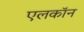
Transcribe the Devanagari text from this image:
एलकॉन